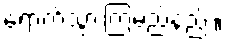
ရောက်သွားကြမည်နည်း။